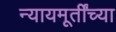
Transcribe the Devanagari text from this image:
न्यायमूर्तींच्या